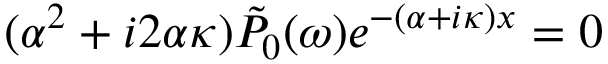
( \alpha ^ { 2 } + i 2 \alpha \kappa ) \Tilde { P } _ { 0 } ( \omega ) e ^ { - ( \alpha + i \kappa ) x } = 0